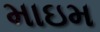
માઇમ